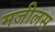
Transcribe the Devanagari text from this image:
मजीलस